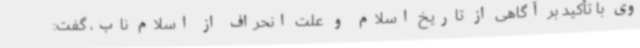
وی با تأکید بر آگاهی از تاریخ اسلام و علت انحراف از اسلام ناب، گفت: